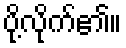
ပို့လိုက်၏။